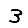
Digit: 3